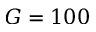
G = 1 0 0